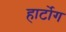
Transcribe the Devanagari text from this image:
हार्टोग